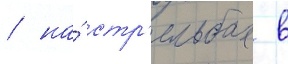
/ на́ стр'ельбах в